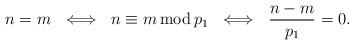
LaTeX: \begin{align*}n =m \,\, \iff\,\, n \equiv m \,\mathrm{mod} \,p_1 \,\, \iff \,\, \frac{n-m}{p_1} =0.\end{align*}